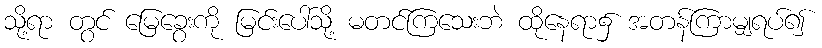
သို့ရာ တွင် မြေခွေးကို မြင်းပေါ်သို့ မတင်ကြသေးဘဲ ထိုနေရာ၌ အတန်ကြာမျှရပ်၍